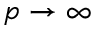
p \rightarrow \infty